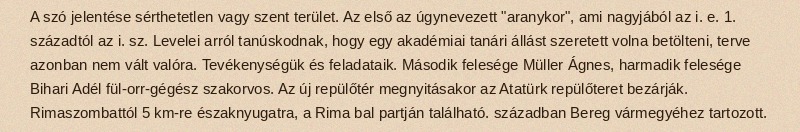
A szó jelentése sérthetetlen vagy szent terület. Az első az úgynevezett "aranykor", ami nagyjából az i. e. 1. századtól az i. sz. Levelei arról tanúskodnak, hogy egy akadémiai tanári állást szeretett volna betölteni, terve azonban nem vált valóra. Tevékenységük és feladataik. Második felesége Müller Ágnes, harmadik felesége Bihari Adél fül-orr-gégész szakorvos. Az új repülőtér megnyitásakor az Atatürk repülőteret bezárják. Rimaszombattól 5 km-re északnyugatra, a Rima bal partján található. században Bereg vármegyéhez tartozott.